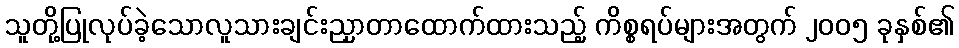
သူတို့ပြုလုပ်ခဲ့သောလူသားချင်းညှာတာထောက်ထားသည့် ကိစ္စရပ်များအတွက် ၂၀၀၅ ခုနှစ်၏